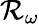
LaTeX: \mathcal{R}_{\omega}